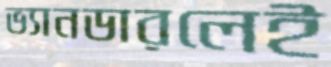
ভ্যানডারলেই